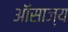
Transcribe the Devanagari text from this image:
ऑसाज्य